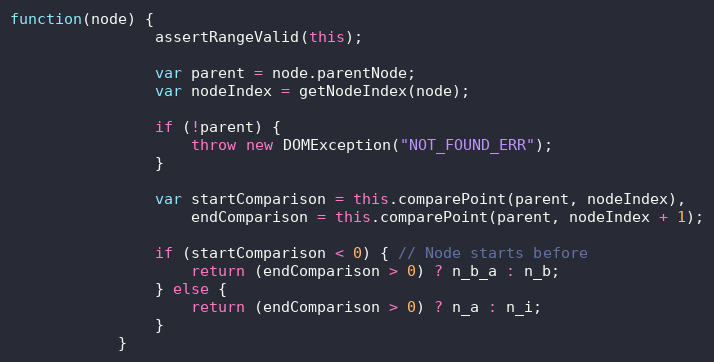
Language: JavaScript
function(node) {
                assertRangeValid(this);

                var parent = node.parentNode;
                var nodeIndex = getNodeIndex(node);

                if (!parent) {
                    throw new DOMException("NOT_FOUND_ERR");
                }

                var startComparison = this.comparePoint(parent, nodeIndex),
                    endComparison = this.comparePoint(parent, nodeIndex + 1);

                if (startComparison < 0) { // Node starts before
                    return (endComparison > 0) ? n_b_a : n_b;
                } else {
                    return (endComparison > 0) ? n_a : n_i;
                }
            }